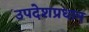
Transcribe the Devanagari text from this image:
उपदेशप्रधान